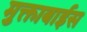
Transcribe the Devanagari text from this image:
मुक्ताबाईस